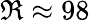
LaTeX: \Re\approx 98